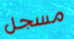
مسجل